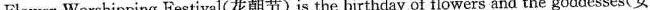
Flower-Worshipping Festival(花朝节)is the birthday of flowers and the goddesses(女